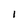
Character: I